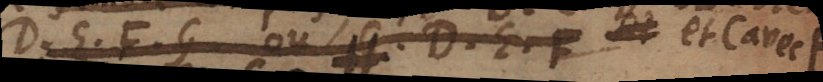
D, _, F, G ou G, D, E, F et C avec F